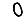
Digit: 0